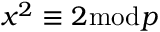
x ^ { 2 } \equiv 2 { \bmod { p } }